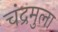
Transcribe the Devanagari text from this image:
चंद्रमुला